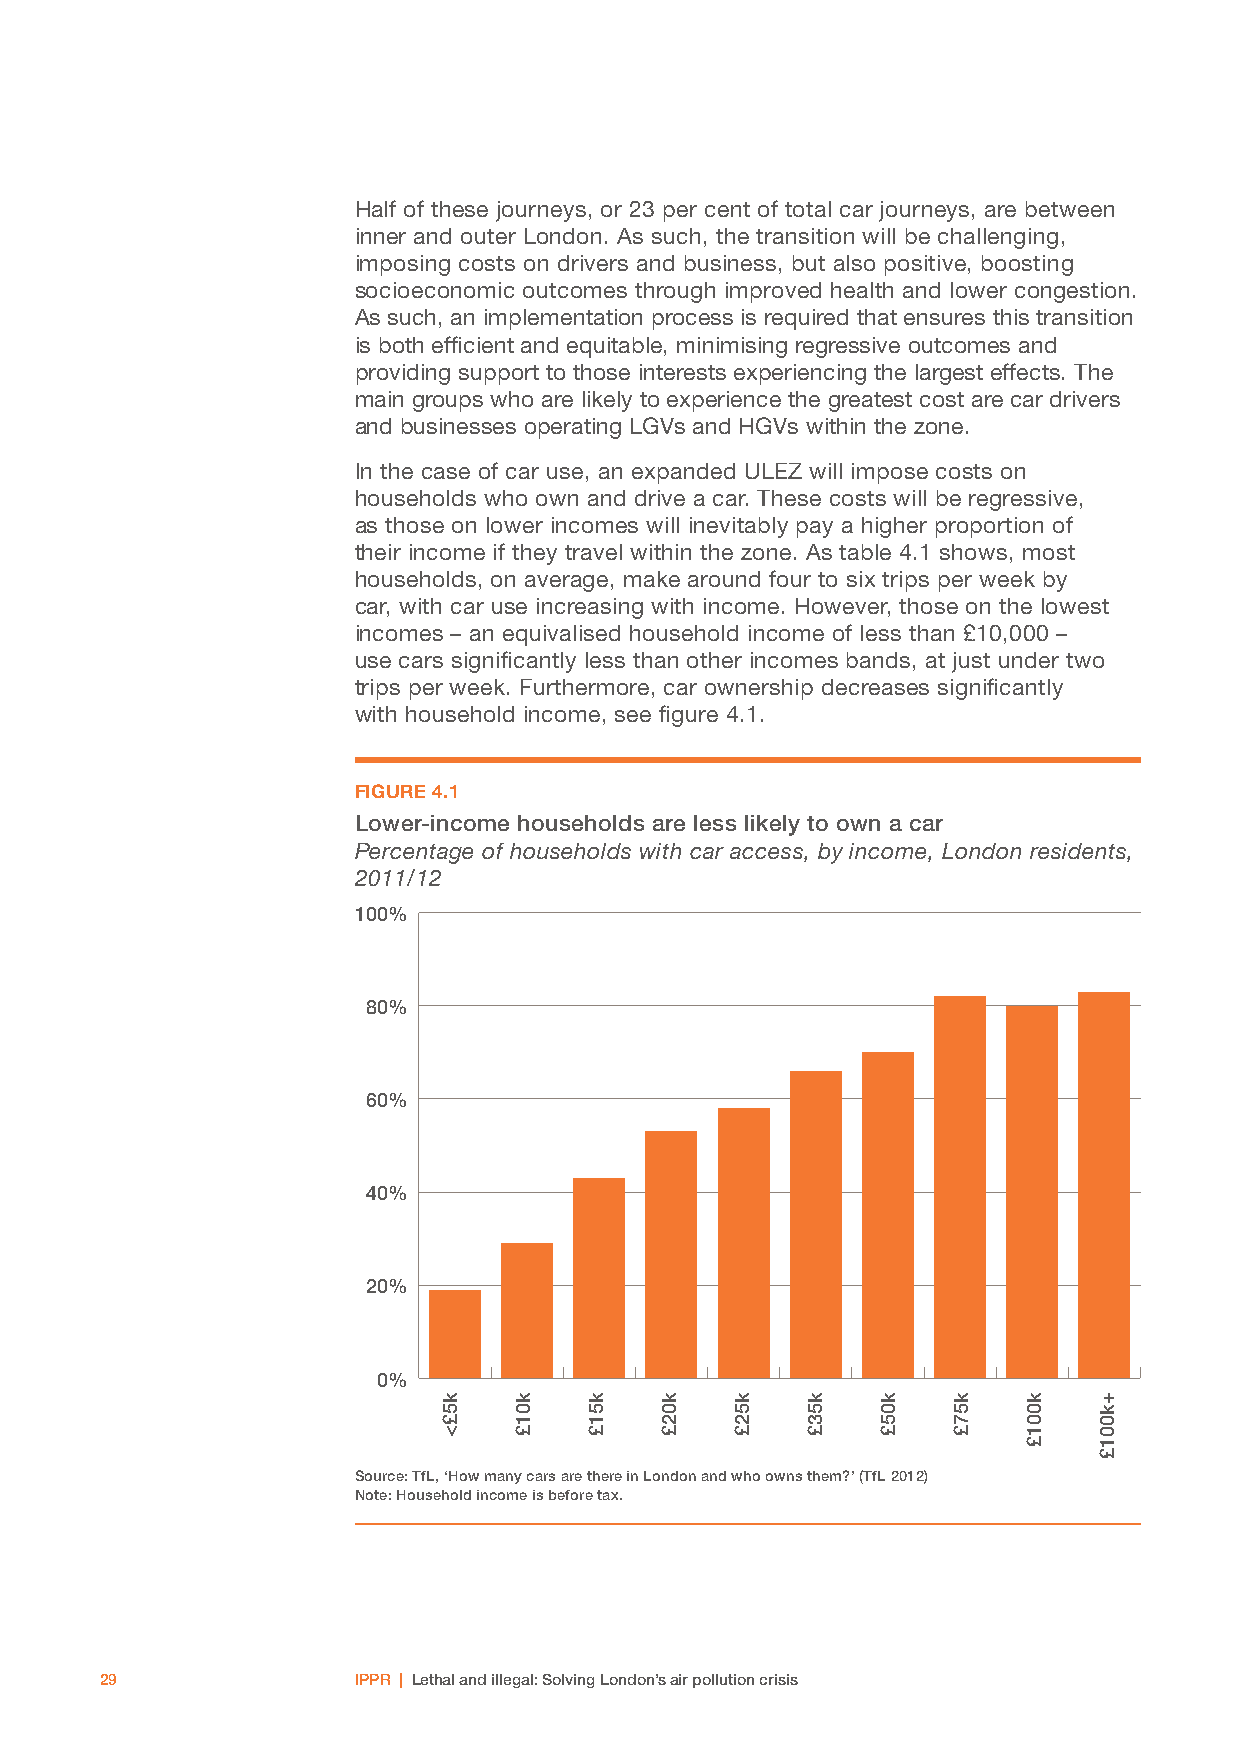
Half of these journeys, or 23 per cent of total car journeys, are between
 inner and outer London. As such, the transition will be challenging,
 imposing costs on drivers and business, but also positive, boosting
 socioeconomic outcomes through improved health and lower congestion.
 As such, an implementation process is required that ensures this transition
 is both efficient and equitable, minimising regressive outcomes and
 providing support to those interests experiencing the largest effects. The
 main groups who are likely to experience the greatest cost are car drivers
 and businesses operating LGVs and HGVs within the zone.
 In the case of car use, an expanded ULEZ will impose costs on
 households who own and drive a car. These costs will be regressive,
 as those on lower incomes will inevitably pay a higher proportion of
 their income if they travel within the zone. As table 4.1 shows, most
 households, on average, make around four to six trips per week by
 car, with car use increasing with income. However, those on the lowest
 incomes – an equivalised household income of less than £10,000 –
 use cars significantly less than other incomes bands, at just under two
 trips per week. Furthermore, car ownership decreases significantly
 with household income, see figure 4.1.
 FIGURE 4.1
 Lower-income households are less likely to own a car
 Percentage of households with car access, by income, London residents,
 2011/12
 100%
 80%
 60%
 40%
 20%
 0%
 Source: TfL, ‘How many cars are there in London and who owns them?’ (TfL 2012)
 Note: Household income is before tax.
 29              IPPR | Lethal and illegal: Solving London’s air pollution crisis
 k5£< k01£ k51£ k02£ k52£ k53£ k05£ k57£ k001£ +k001£